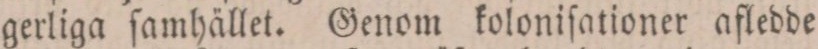
gerliga ſamhället. Genom koloniſationer afledde